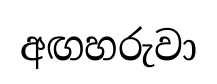
අඟහරුවා